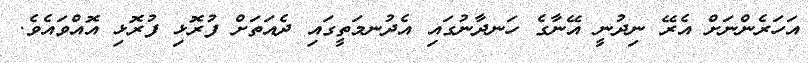
އަހަރެންނަށް އެރޭ ނިދުނީ އޭނާގެ ހަނދާނުގައި އެދުނމަތީގައި ދެއަތަށް ފުރޮޅި ފުރޮޅި އޮއްވައެވެ.